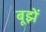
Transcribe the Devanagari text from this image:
बूझें